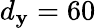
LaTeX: d_{\mathbf{y}}=60